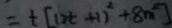
= t [ ( 2 t + 1 ) ^ { 2 } + 8 m ^ { 2 } ]